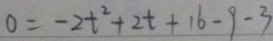
0 = - 2 t ^ { 2 } + 2 t + 1 6 - 9 - 3